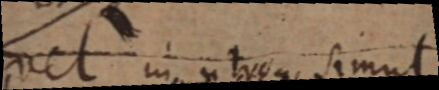
vel in utroque simul